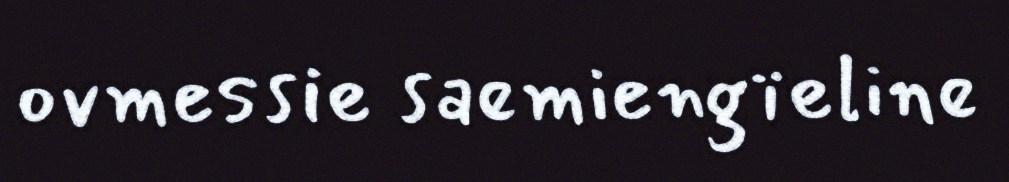
ovmessie saemiengïeline